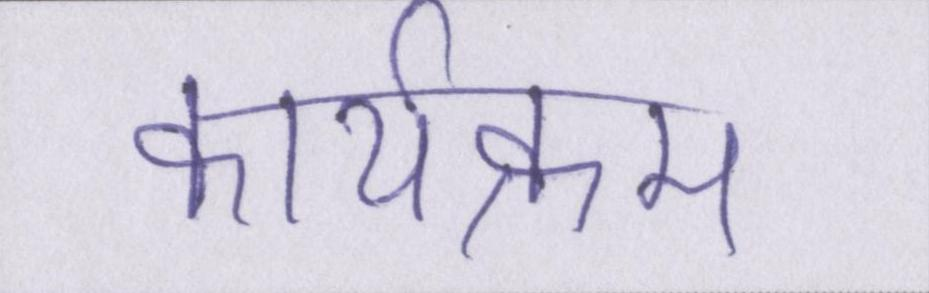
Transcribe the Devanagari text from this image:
कार्यक्रम